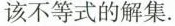
该不等式的解集。